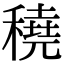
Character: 穘